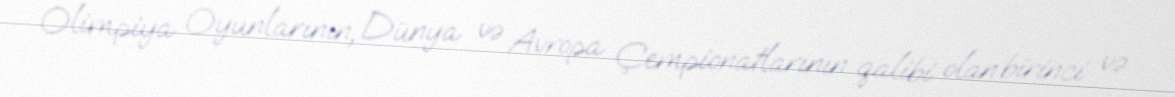
Olimpiya Oyunlarının, Dünya və Avropa Çempionatlarının qalibi olan birinci və